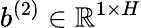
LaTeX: b^{(2)}\in\mathbb{R}^{1\times H}